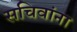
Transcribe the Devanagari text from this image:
सचिवांना